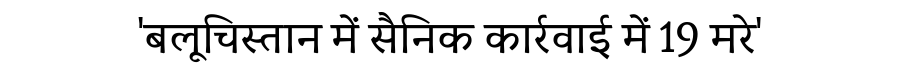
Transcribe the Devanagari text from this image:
'बलूचिस्तान में सैनिक कार्रवाई में 19 मरे'